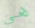
هي